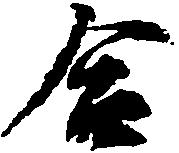
合